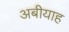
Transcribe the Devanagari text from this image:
अबीयाह